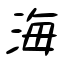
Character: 海